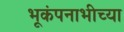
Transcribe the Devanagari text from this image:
भूकंपनाभीच्या